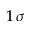
1 \, \sigma